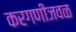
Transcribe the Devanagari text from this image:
करगणीजवळ